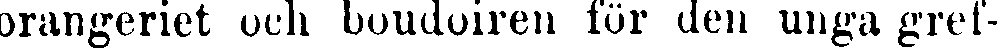
orangeriet och boudoiren lör den unga gref-